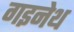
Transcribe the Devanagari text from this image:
गइनेथ